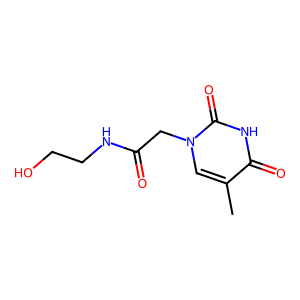
SMILES: Cc1cn(CC(=O)NCCO)c(=O)[nH]c1=O
Inhibits HIV replication: No